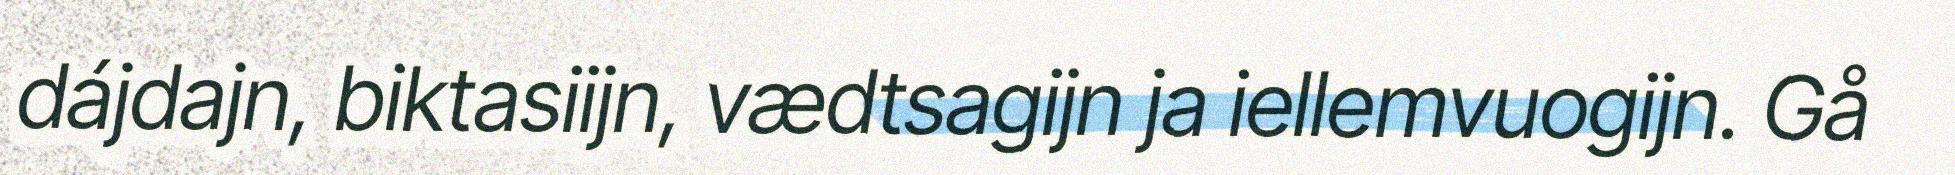
dájdajn, biktasiijn, vædtsagijn ja iellemvuogijn. Gå